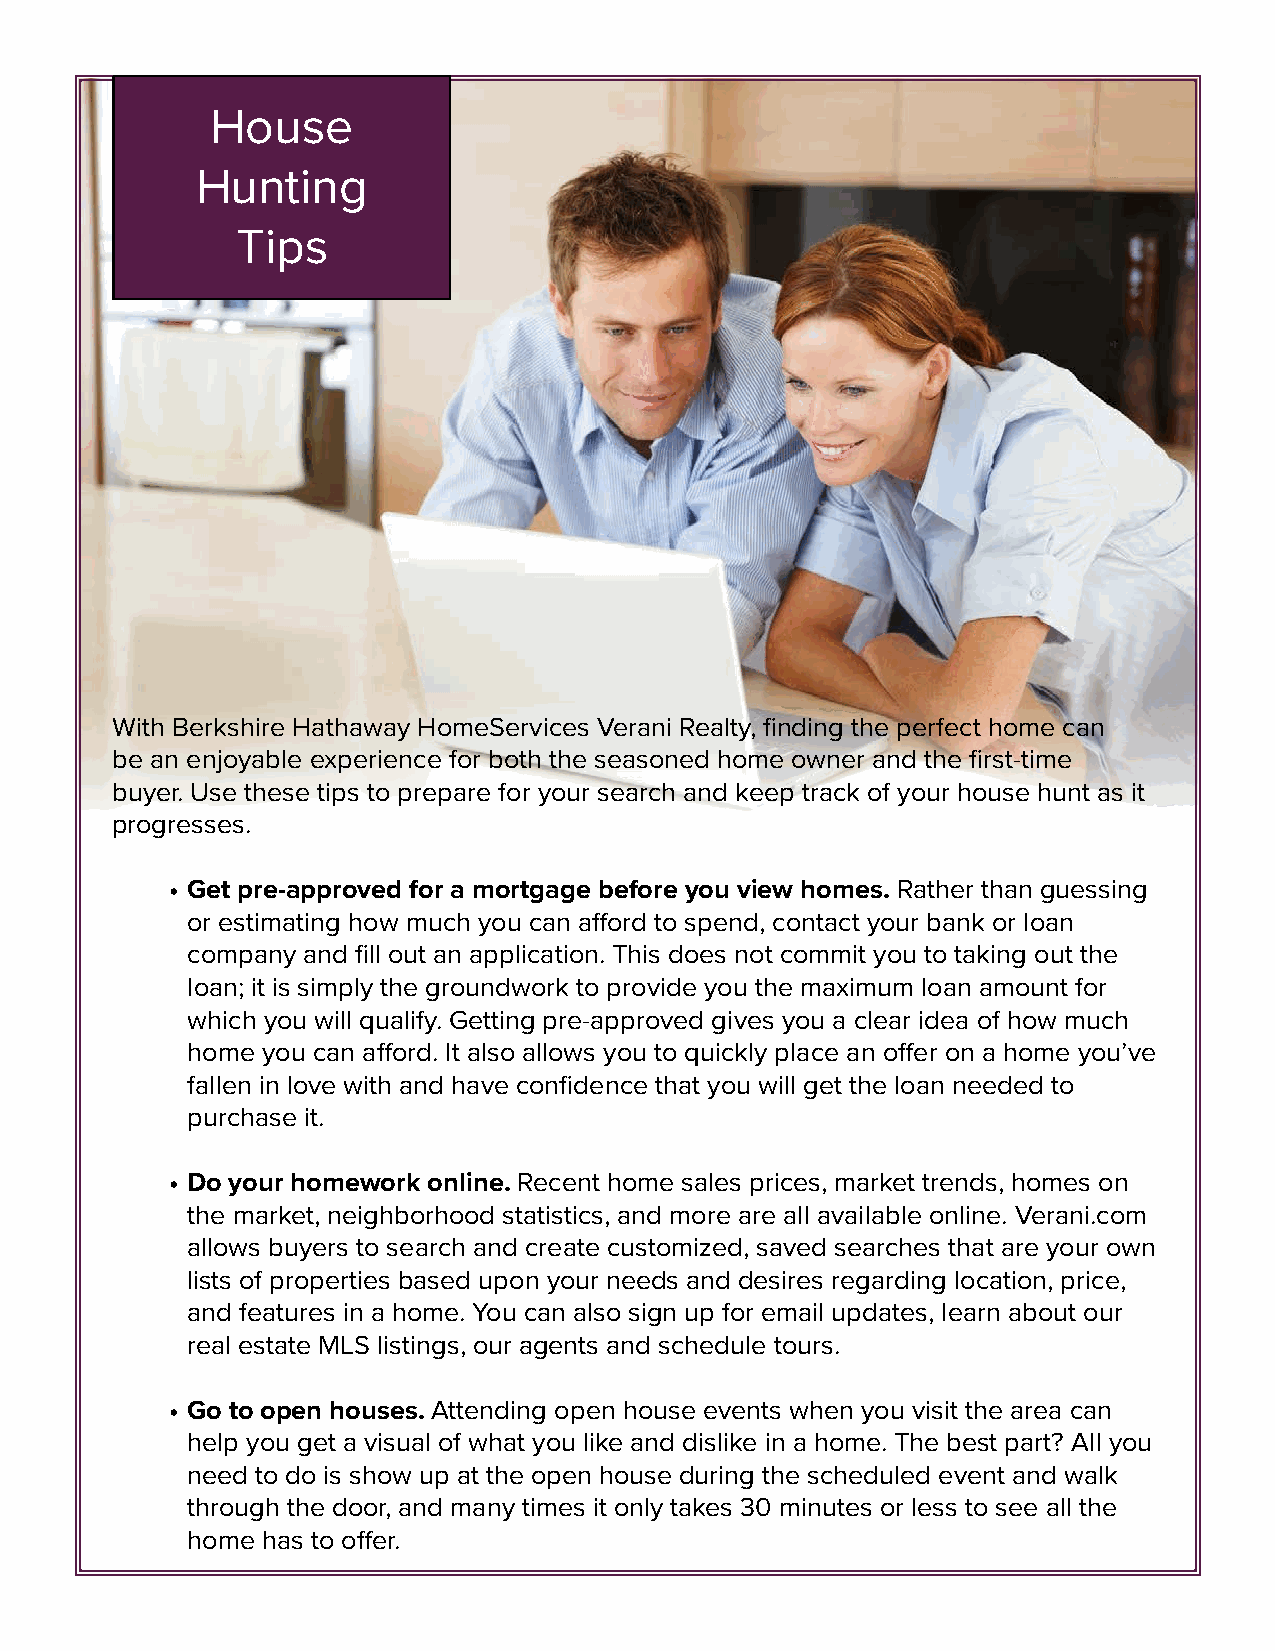
House
 Hunting
 Tips
 With Berkshire Hathaway HomeServices Verani Realty, finding the perfect home can
 be an enjoyable experience for both the seasoned home owner and the first-time
 buyer. Use these tips to prepare for your search and keep track of your house hunt as it
 progresses.
 • Get pre-approved for a mortgage before you view homes. Rather than guessing
 or estimating how much you can afford to spend, contact your bank or loan
 company and fill out an application. This does not commit you to taking out the
 loan; it is simply the groundwork to provide you the maximum loan amount for
 which you will qualify. Getting pre-approved gives you a clear idea of how much
 home you can afford. It also allows you to quickly place an offer on a home you’ve
 fallen in love with and have confidence that you will get the loan needed to
 purchase it.
 • Do your homework online. Recent home sales prices, market trends, homes on
 the market, neighborhood statistics, and more are all available online. Verani.com
 allows buyers to search and create customized, saved searches that are your own
 lists of properties based upon your needs and desires regarding location, price,
 and features in a home. You can also sign up for email updates, learn about our
 real estate MLS listings, our agents and schedule tours.
 • Go to open houses. Attending open house events when you visit the area can
 help you get a visual of what you like and dislike in a home. The best part? All you
 need to do is show up at the open house during the scheduled event and walk
 through the door, and many times it only takes 30 minutes or less to see all the
 home has to offer.